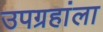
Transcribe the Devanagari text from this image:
उपग्रहांला